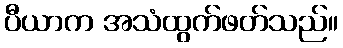
ပီယာက အသံထွက်ဖတ်သည်။